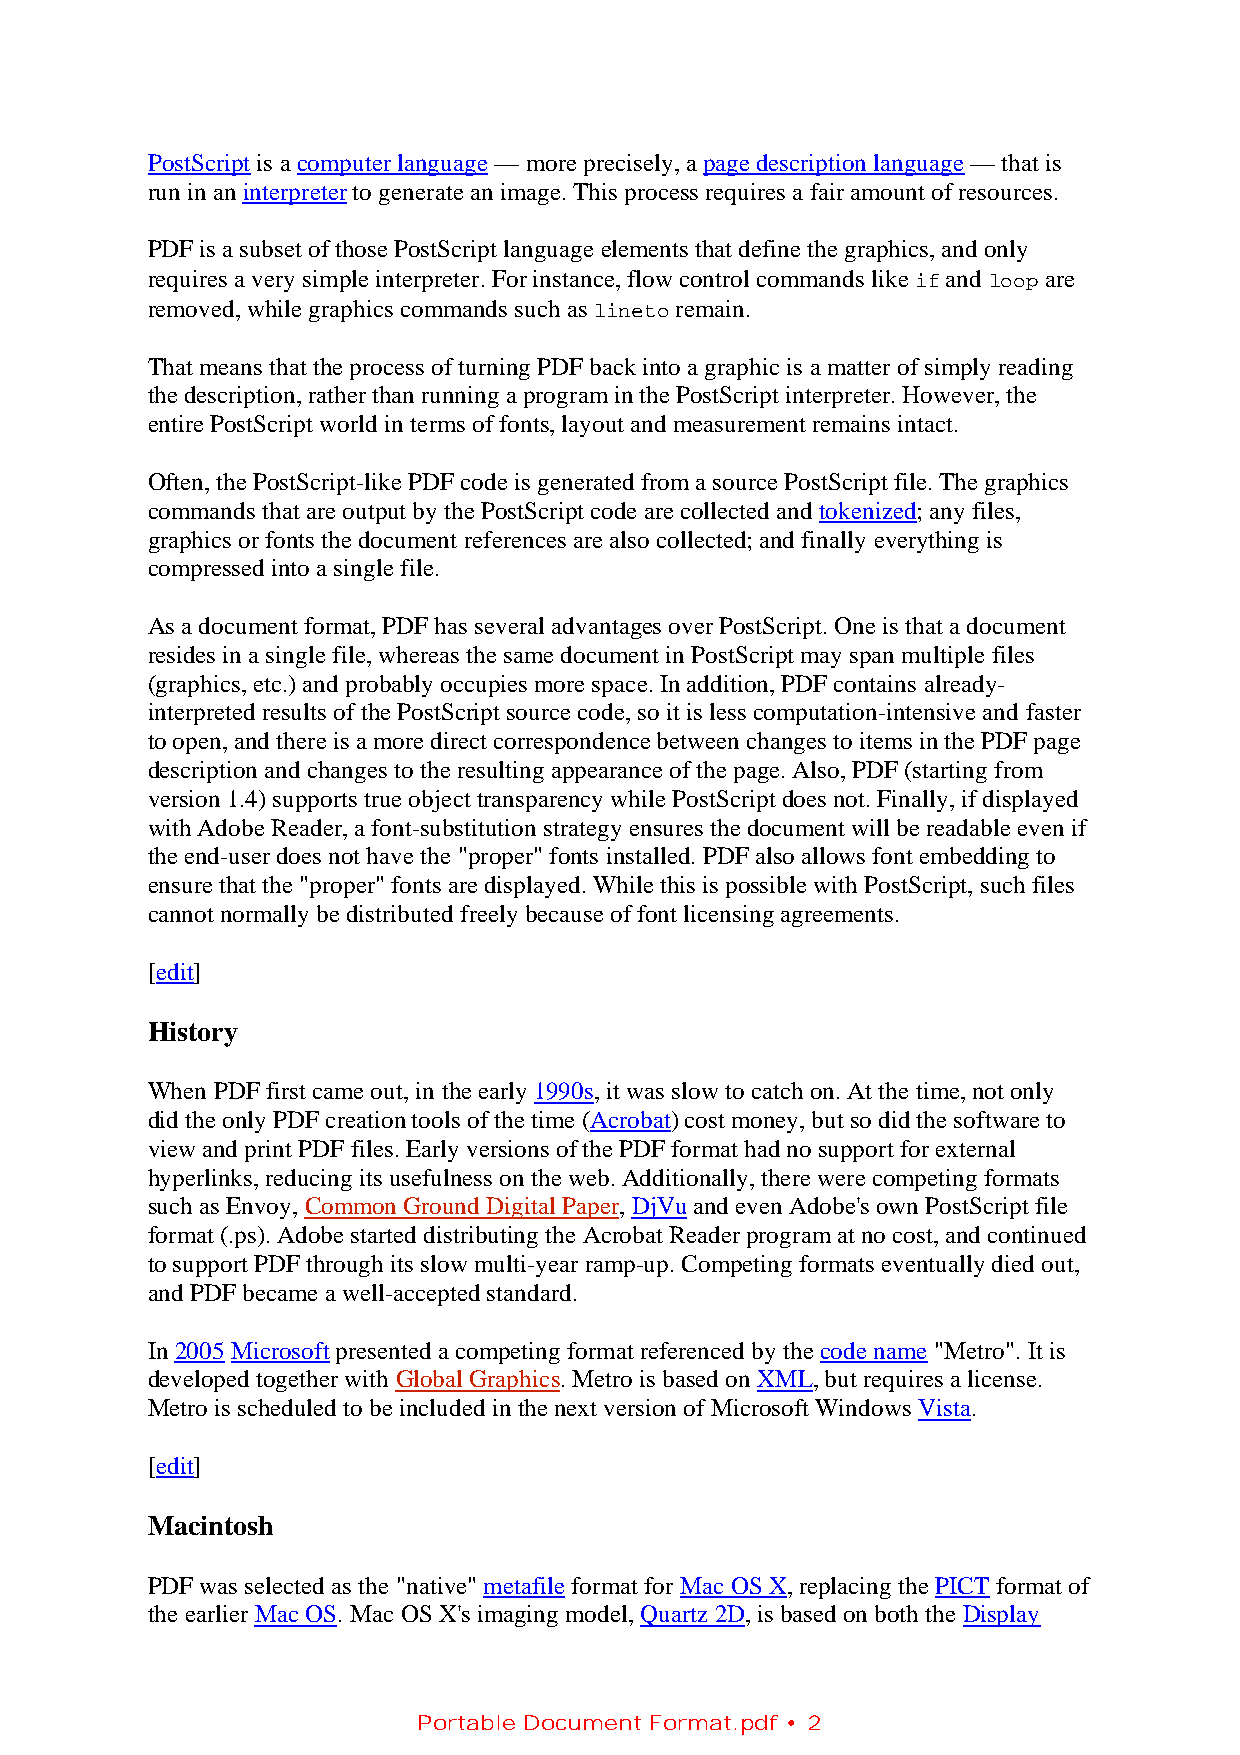
PostScript is a computer language — more precisely, a page description language — that is
 run in an interpreter to generate an image. This process requires a fair amount of resources.
 PDF is a subset of those PostScript language elements that define the graphics, and only
 requires a very simple interpreter. For instance, flow control commands like if and loop are
 removed, while graphics commands such as lineto remain.
 That means that the process of turning PDF back into a graphic is a matter of simply reading
 the description, rather than running a program in the PostScript interpreter. However, the
 entire PostScript world in terms of fonts, layout and measurement remains intact.
 Often, the PostScript-like PDF code is generated from a source PostScript file. The graphics
 commands that are output by the PostScript code are collected and tokenized; any files,
 graphics or fonts the document references are also collected; and finally everything is
 compressed into a single file.
 As a document format, PDF has several advantages over PostScript. One is that a document
 resides in a single file, whereas the same document in PostScript may span multiple files
 (graphics, etc.) and probably occupies more space. In addition, PDF contains already-
 interpreted results of the PostScript source code, so it is less computation-intensive and faster
 to open, and there is a more direct correspondence between changes to items in the PDF page
 description and changes to the resulting appearance of the page. Also, PDF (starting from
 version 1.4) supports true object transparency while PostScript does not. Finally, if displayed
 with Adobe Reader, a font-substitution strategy ensures the document will be readable even if
 the end-user does not have the "proper" fonts installed. PDF also allows font embedding to
 ensure that the "proper" fonts are displayed. While this is possible with PostScript, such files
 cannot normally be distributed freely because of font licensing agreements.
 [edit]
 History
 When PDF first came out, in the early 1990s, it was slow to catch on. At the time, not only
 did the only PDF creation tools of the time (Acrobat) cost money, but so did the software to
 view and print PDF files. Early versions of the PDF format had no support for external
 hyperlinks, reducing its usefulness on the web. Additionally, there were competing formats
 such as Envoy, Common Ground Digital Paper, DjVu and even Adobe's own PostScript file
 format (.ps). Adobe started distributing the Acrobat Reader program at no cost, and continued
 to support PDF through its slow multi-year ramp-up. Competing formats eventually died out,
 and PDF became a well-accepted standard.
 In 2005 Microsoft presented a competing format referenced by the code name "Metro". It is
 developed together with Global Graphics. Metro is based on XML, but requires a license.
 Metro is scheduled to be included in the next version of Microsoft Windows Vista.
 [edit]
 Macintosh
 PDF was selected as the "native" metafile format for Mac OS X, replacing the PICT format of
 the earlier Mac OS. Mac OS X's imaging model, Quartz 2D, is based on both the Display
 Portable Document Format.pdf • 2